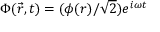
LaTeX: \Phi ( { \vec { r } } , t ) = ( \phi ( r ) / { \sqrt { 2 } } ) e ^ { i \omega t }